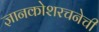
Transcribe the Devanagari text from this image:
ज्ञानकोशरचनेची